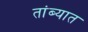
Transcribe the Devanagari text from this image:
तांब्यात